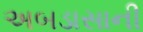
અબડાસાની